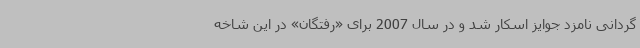
گردانی نامزد جوایز اسکار شد و در سال 2007 برای «رفتگان» در این شاخه